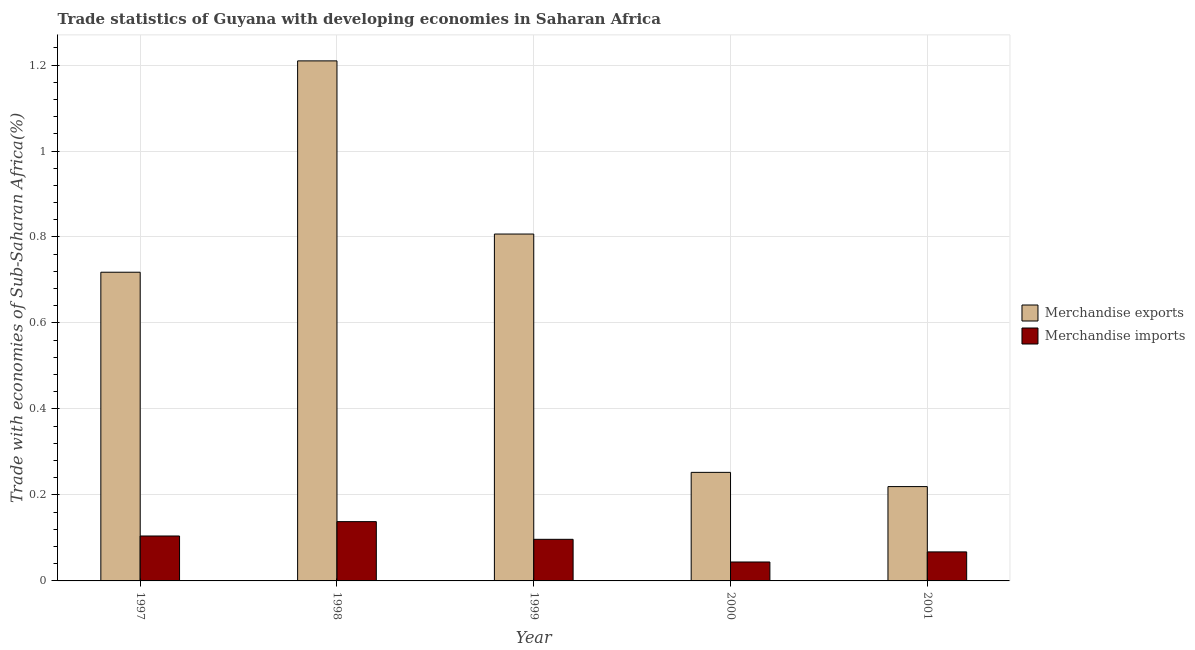
| Year | Merchandise exports | Merchandise imports |
 | --- | --- | --- |
 | 1997 | 0.718 | 0.104 |
 | 1998 | 1.21 | 0.138 |
 | 1999 | 0.807 | 0.0968 |
 | 2000 | 0.252 | 0.044 |
 | 2001 | 0.219 | 0.0675 |